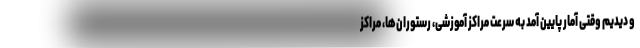
و دیدیم وقتی آمار پایین آمد به سرعت مراکز آموزشی، رستوران‌ها، مراکز